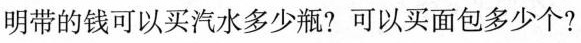
明带的钱可以买汽水多少瓶？可以买面包多少个？